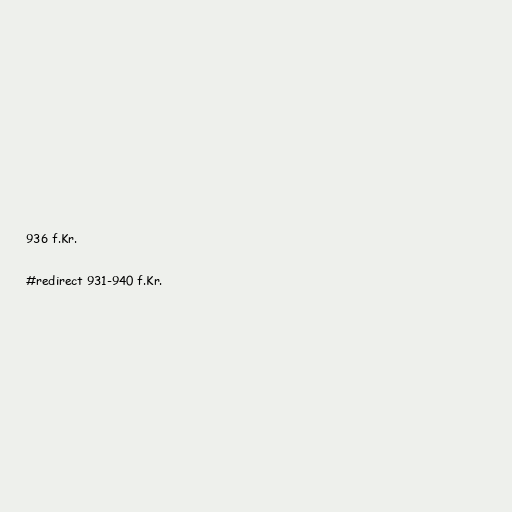
936 f.Kr.

#redirect 931-940 f.Kr.